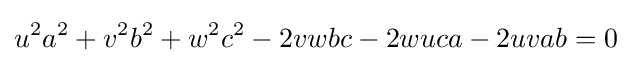
u^{2}a^{2}+v^{2}b^{2}+w^{2}c^{2}-2vwbc-2wuca-2uvab=0